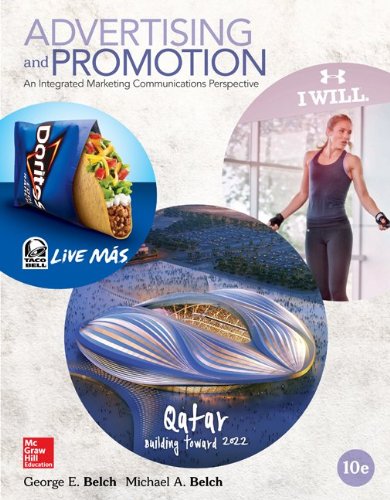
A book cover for Advertising and Promotion: An Integrated Marketing Communications Perspective, 10th Edition; George E. Belch; Business & Money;